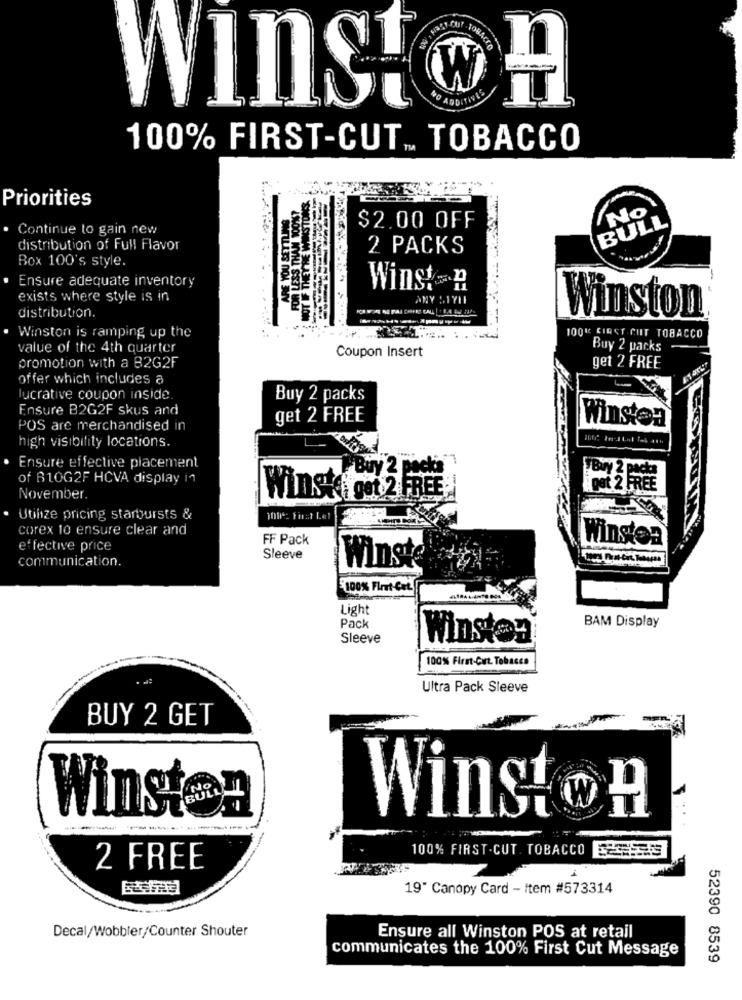
TOBACCO
Winston
100% FIRST-CUT .. TOBACCO
Priorities
No
BULL
Continue to gain new
$2.00 OFF
distribution of Full Flavor
2 PACKS
Box 100's style.
. Ensure adequate inventory
Winst H
exists where style is in
distribution.
Winston
. Winston is ramping up the
. . .
100&C CIRET CHT TOBACCO
value of the 4th quarter
Coupon Insert
Buy 2 packs
promotion with a B2G2F
get 2 FREE
offer which includes a
lucrative coupon inside.
Buy 2 packs
Ensure B2G2F skus and
get 2 FREE
Winsten
POS arc merchandised in
high visibility locations.
· Ensure effective placement
of B10G2F HCVA display in
NO
November.
Winst got 2 FREE
. Utilize pricing starbursts &
100: First Let
corex to ensure clear and
FF Pack
Winsten
effective price
communication.
Sleeve
Winste
100% Fleet-Cet.
Light
Pack
BAM Display
Sleeve
Winstar
100% First-Cut. Tobacco
Ultra Pack Sleeve
BUY 2 GET
Winsten
Winston
100% FIRST -CUT. TOBACCO ESSES
2 FREE
19" Canopy Card - Item #573314
Decal/Wobbler/Counter Shouter
Ensure all Winston POS at retail
communicates the 100% First Cut Message
52390 8539